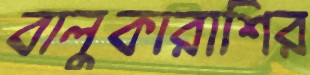
বালুকারাশির